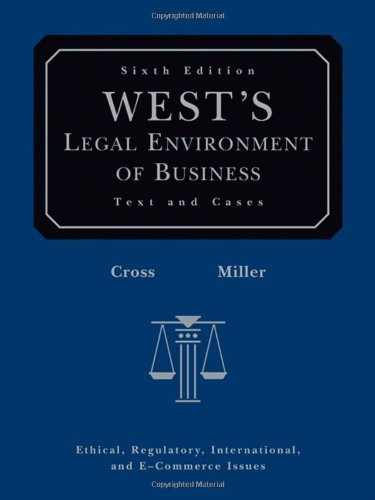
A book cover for West's Legal Environment of Business: Text and Cases; Frank B. Cross; Law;